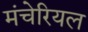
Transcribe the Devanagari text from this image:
मंचेरियल